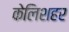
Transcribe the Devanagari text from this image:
केलिशहर